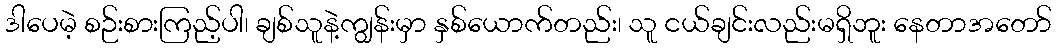
ဒါပေမဲ့ စဉ်းစားကြည့်ပါ၊ ချစ်သူနဲ့ကျွန်းမှာ နှစ်ယောက်တည်း၊ သူ ငယ်ချင်းလည်းမရှိဘူး နေတာအတော်